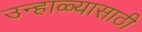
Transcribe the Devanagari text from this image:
उन्हाळ्यासाठी